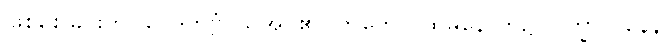
ဖြစ်စေခြင်းကို။ ဝေဒိတဗ္ဗံ၊ သိအပ်၏။ တတော၊ ထိုမှနောက်၌။ ဝိက္ခာလနေန၊